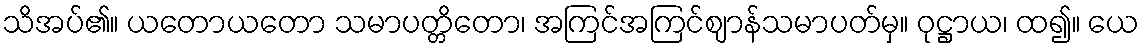
သိအပ်၏။ ယတောယတော သမာပတ္တိတော၊ အကြင်အကြင်ဈာန်သမာပတ်မှ။ ဝုဋ္ဌာယ၊ ထ၍။ ယေ